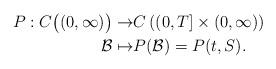
LaTeX: \begin{align*} P : C\big( (0, \infty) \big) \rightarrow & C \left((0, T]\times (0, \infty)\right) \\ \mathcal{B}\mapsto & P(\mathcal{B}) = P(t,S). \end{align*}